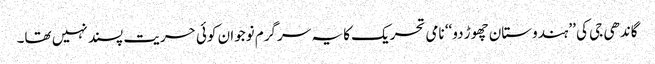
گاندھی جی کی ’’ہندوستان چھوڑ دو‘‘ نامی تحریک کا یہ سرگرم نوجوان کوئی حریت پسند نہیں تھا۔